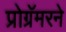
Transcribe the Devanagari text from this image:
प्रोग्रॅमरने